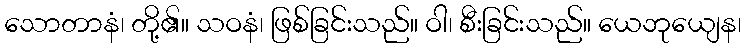
သောတာနံ၊ တို့၏။ သဝနံ၊ ဖြစ်ခြင်းသည်။ ဝါ၊ စီးခြင်းသည်။ ယေဘုယျေန၊